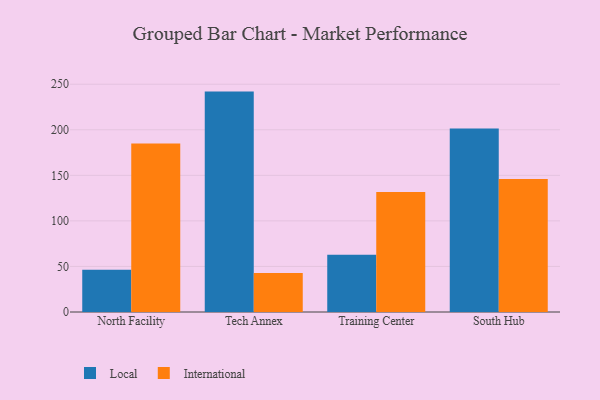
{"axis": {"x": "Campus", "y": "Conversion Rate (%)"}, "legend": ["International", "Local"], "data": [{"x": "North Facility", "y": 46.3, "type": "Local"}, {"x": "North Facility", "y": 185.0, "type": "International"}, {"x": "Tech Annex", "y": 241.9, "type": "Local"}, {"x": "Tech Annex", "y": 42.8, "type": "International"}, {"x": "Training Center", "y": 62.8, "type": "Local"}, {"x": "Training Center", "y": 131.7, "type": "International"}, {"x": "South Hub", "y": 201.3, "type": "Local"}, {"x": "South Hub", "y": 145.9, "type": "International"}]}